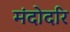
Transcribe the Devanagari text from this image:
मंदोदरि